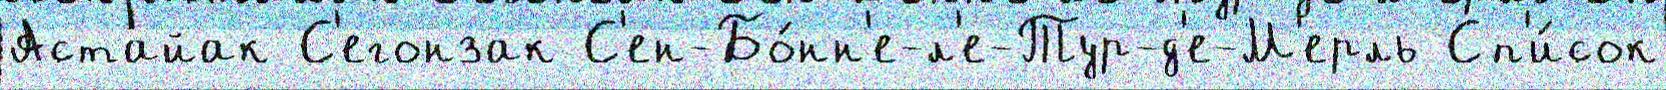
Астайак С'егонзак С'ен-Бо́нн'е-л'е-Тур-д'е-М'ерль Сп'и́сок